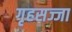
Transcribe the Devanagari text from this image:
गृहसज्जा